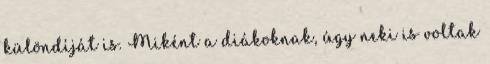
különdíját is. Miként a diákoknak, úgy neki is voltak